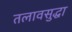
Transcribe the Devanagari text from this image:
तलावसुद्धा